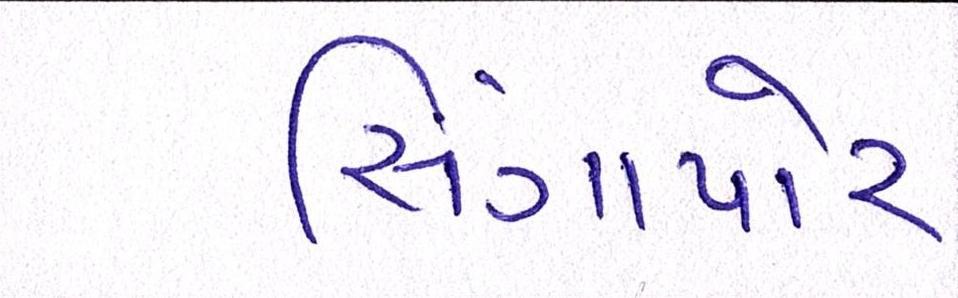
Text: સિંગાપોર